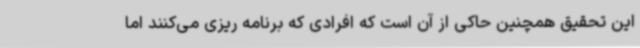
این تحقیق همچنین حاکی از آن است که افرادی که برنامه ریزی می‌کنند اما